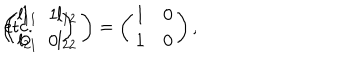
\left( \begin{array} { c c } { { l _ { 1 1 } } } & { { l _ { 1 2 } } } \\ { { l _ { 2 1 } } } & { { l _ { 2 2 } } } \\ \end{array} \right) = \left( \begin{array} { c c } { { 1 } } & { { 0 } } \\ { { 1 } } & { { 0 } } \\ \end{array} \right) , \hspace { 3 m m } \left( \begin{array} { c c } { { 1 } } & { { 1 } } \\ { { 0 } } & { { 0 } } \\ \end{array} \right) \hspace { 3 m m } \mathrm { e t c . }